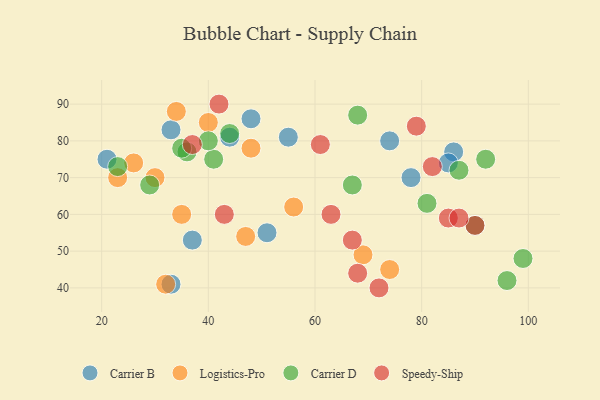
{"axis": {"x": "GDP", "y": "Life Expectancy"}, "legend": ["Carrier B", "Carrier D", "Logistics-Pro", "Speedy-Ship"], "data": [{"x": "55", "y": 81, "type": "Carrier B"}, {"x": "37", "y": 53, "type": "Carrier B"}, {"x": "21", "y": 75, "type": "Carrier B"}, {"x": "86", "y": 77, "type": "Carrier B"}, {"x": "78", "y": 70, "type": "Carrier B"}, {"x": "44", "y": 81, "type": "Carrier B"}, {"x": "48", "y": 86, "type": "Carrier B"}, {"x": "33", "y": 83, "type": "Carrier B"}, {"x": "51", "y": 55, "type": "Carrier B"}, {"x": "74", "y": 80, "type": "Carrier B"}, {"x": "85", "y": 74, "type": "Carrier B"}, {"x": "33", "y": 41, "type": "Carrier B"}, {"x": "69", "y": 49, "type": "Logistics-Pro"}, {"x": "23", "y": 70, "type": "Logistics-Pro"}, {"x": "32", "y": 41, "type": "Logistics-Pro"}, {"x": "48", "y": 78, "type": "Logistics-Pro"}, {"x": "34", "y": 88, "type": "Logistics-Pro"}, {"x": "40", "y": 85, "type": "Logistics-Pro"}, {"x": "35", "y": 60, "type": "Logistics-Pro"}, {"x": "74", "y": 45, "type": "Logistics-Pro"}, {"x": "47", "y": 54, "type": "Logistics-Pro"}, {"x": "56", "y": 62, "type": "Logistics-Pro"}, {"x": "26", "y": 74, "type": "Logistics-Pro"}, {"x": "30", "y": 70, "type": "Logistics-Pro"}, {"x": "41", "y": 75, "type": "Carrier D"}, {"x": "87", "y": 72, "type": "Carrier D"}, {"x": "40", "y": 80, "type": "Carrier D"}, {"x": "44", "y": 82, "type": "Carrier D"}, {"x": "90", "y": 57, "type": "Carrier D"}, {"x": "36", "y": 77, "type": "Carrier D"}, {"x": "67", "y": 68, "type": "Carrier D"}, {"x": "68", "y": 87, "type": "Carrier D"}, {"x": "23", "y": 73, "type": "Carrier D"}, {"x": "92", "y": 75, "type": "Carrier D"}, {"x": "35", "y": 78, "type": "Carrier D"}, {"x": "96", "y": 42, "type": "Carrier D"}, {"x": "29", "y": 68, "type": "Carrier D"}, {"x": "81", "y": 63, "type": "Carrier D"}, {"x": "99", "y": 48, "type": "Carrier D"}, {"x": "85", "y": 59, "type": "Speedy-Ship"}, {"x": "43", "y": 60, "type": "Speedy-Ship"}, {"x": "79", "y": 84, "type": "Speedy-Ship"}, {"x": "37", "y": 79, "type": "Speedy-Ship"}, {"x": "82", "y": 73, "type": "Speedy-Ship"}, {"x": "90", "y": 57, "type": "Speedy-Ship"}, {"x": "72", "y": 40, "type": "Speedy-Ship"}, {"x": "67", "y": 53, "type": "Speedy-Ship"}, {"x": "42", "y": 90, "type": "Speedy-Ship"}, {"x": "87", "y": 59, "type": "Speedy-Ship"}, {"x": "63", "y": 60, "type": "Speedy-Ship"}, {"x": "61", "y": 79, "type": "Speedy-Ship"}, {"x": "68", "y": 44, "type": "Speedy-Ship"}]}